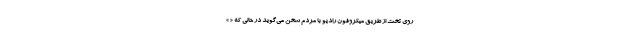
روی تخت از طریق میکروفون رادیو با مردم سخن می‌گوید در حالی که « »